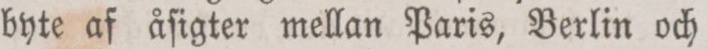
byte af åſigter mellan Paris, Berlin och